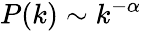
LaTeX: P(k)\sim k^{-\alpha}